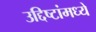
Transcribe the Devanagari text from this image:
उद्दिष्टांमध्ये